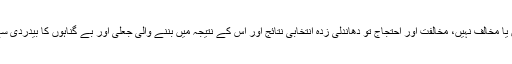
انہوں نے کہا کہ پارلیمنٹ اور مسلمہ جمہوریت کا کوئی دشمن یا مخالف نہیں، مخالفت اور احتجاج تو دھاندلی زدہ انتخابی نتائج اور اس کے نتیجہ میں بننے والی جعلی اور بے گناہوں کا بیدردی سے قتل عام کرنے والی ظالم حکومت کے خلاف کیا جا رہا ہے۔